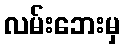
လမ်းဘေးမှ